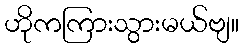
ဟိုကကြားသွားမယ်ဗျ။